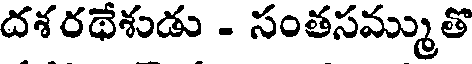
దశరథేశుడు - సంతసమ్ముతొ